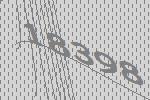
18398